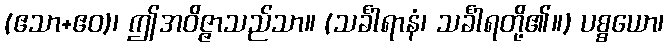
(ဧသာ+ဧဝ)၊ ဤအဝိဇ္ဇာသည်သာ။ (သင်္ခါရာနံ၊ သင်္ခါရတို့၏။) ပစ္စယော၊